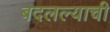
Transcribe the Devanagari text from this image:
बदलल्याची